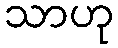
သာဟု